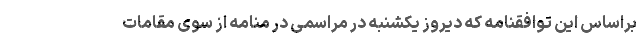
براساس این توافقنامه که دیروز یکشنبه در مراسمی در منامه از سوی مقامات